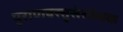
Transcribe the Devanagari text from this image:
पुराणवस्तुसंशोधक